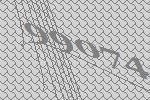
99074